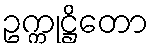
ဥက္ကုဋ္ဌိတော